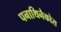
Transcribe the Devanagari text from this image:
पनाथिनैकोस